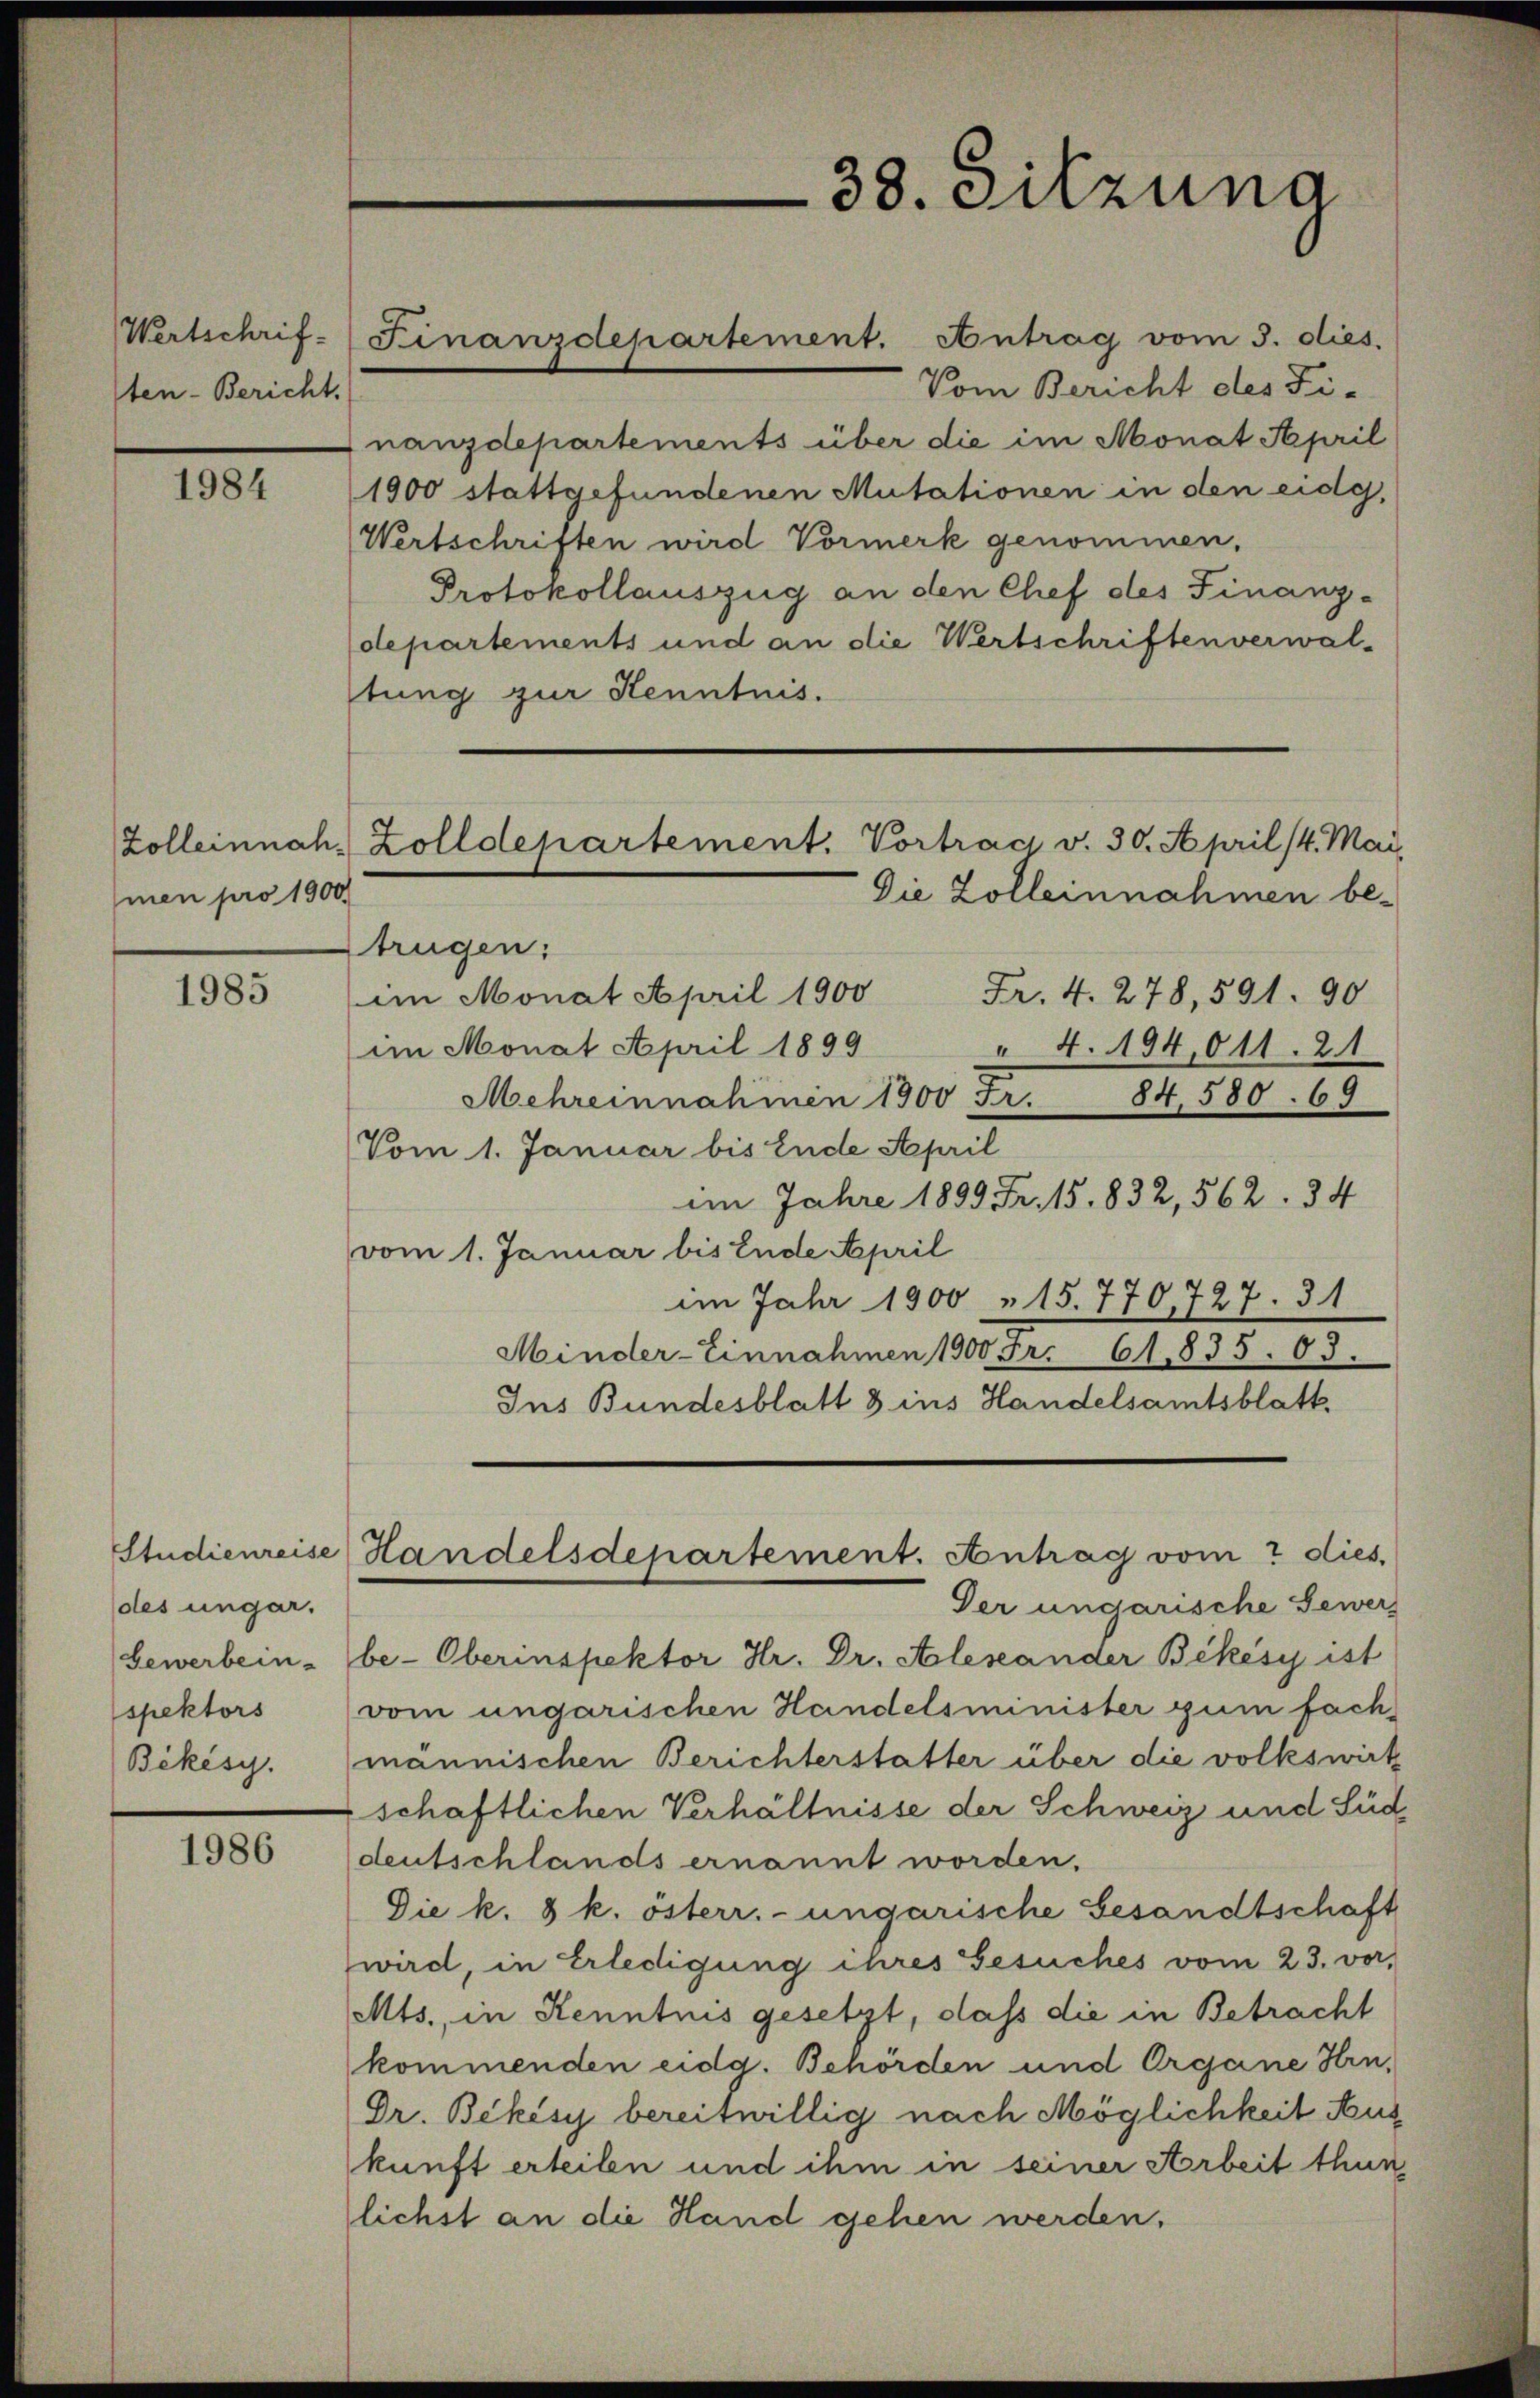
Wertschriften-Bericht.

1984

men pro 1900

1985

des ungar.
spektors

1986

Vom Bericht des Fi-
nanzdepartements über die im Monat April
1900 stattgefundenen Mutationen in den eidg,
Wertschriften wird Vormerk genommen.
Protokollauszug an den Chef des Finanz-
departements und an die Wertschriften verwal-
stung zur Kenntnis.
trügen:
Fr. 4. 278, 591. 90
im Monat April 1900
im Monat April 1899
" 4. 194,011. 21
Mehreinnahmen 1900 Fr. 84,580. 69
Vom 1. Januar bis Ende April
im Jahre 1899 Fr. 15. 832, 562. 84
vom 1. Januar bis Ende April
im Jahr 1900 " 15. 770, 727. 31
Minder-Einnahmen 1900 Fr. 61,835. 63.
Ins Bundesblatt 3 ins Handelsamtsblatt.
Studienreise Handelsdepartement. Antrag vom 2 dies
Der ungarische Gewer
Gewerbein- (be-Oberinspektor Hr. Dr. Arleseander Bekésy ist
vom ungarischen Handelsminister zum fach¬
Békisy. männischen Berichterstatter über die volkswirk
schaftlichen Verhältnisse der Schweiz und Süd
deutschlands ernannt worden.
Die k. 8 k. österr. ungarische Gesandtschaft
wird, in Erledigung ihres Gesuches vom 23. vor,
Mts., in Kenntnis gesetzt, dass die in Betracht
kommenden eidg. Behörden und Organe Hrn.
Dr. Bekösy bereitwillig nach Möglichkeit Aus
kunft erteilen und ihm in seiner Arbeit thun,
lichst an die Hand gehen werden.

Finanzdepartement. Antrag vom 3. dies

38. Sitzung

Zolleinnah. Zolldepartement. Vortrag v. 30. April 14. Mai.
Die Zolleinnahmen be-